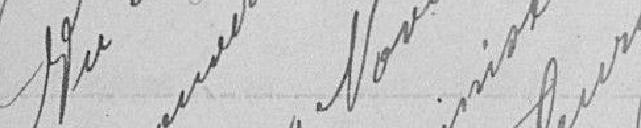
Lu et approuvé